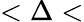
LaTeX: <\Delta<